Lunatic asylums Punjab 1868-1880 - 1868-1880
Year: 1868
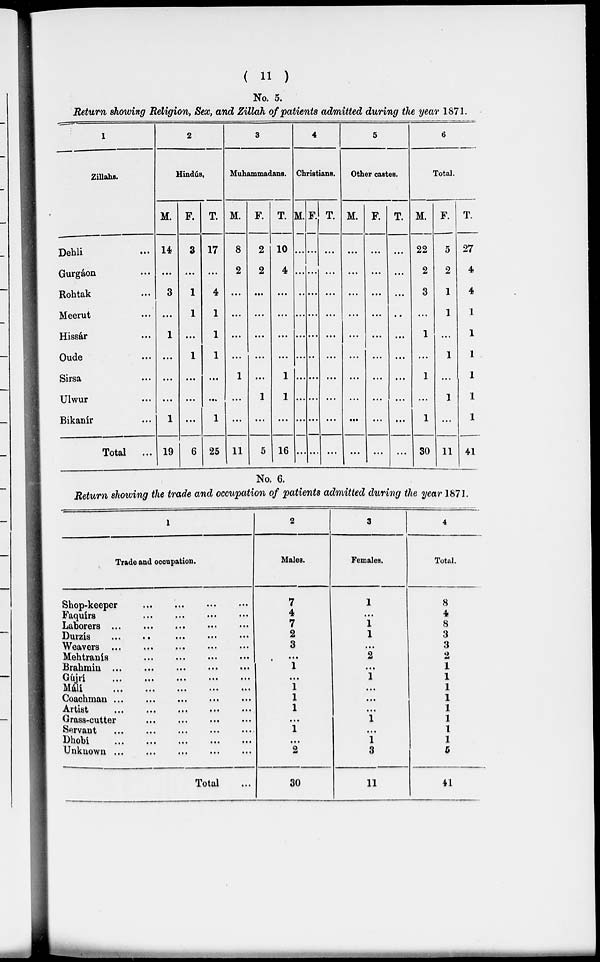
( 11 )
No. 5.
Return showing Religion, Sex, and Zillah of patients admitted during the year 1871.
1
Zillahs.
Dehli...
Gurgáon...
Rohtak...
Meerut...
Hissár...
Oude...
Sirsa...
Ulwur...
Bikanír...
Total ...
2
Hindús.
M.
14
...
3
...
1
...
...
...
1
19
F.
3
...
1
1
...
1
...
...
...
6
T.
17
...
4
1
1
1
...
...
1
25
3
Muhammadans.
M.
8
2
...
...
...
...
1
...
...
11
F.
2
2
...
...
...
...
...
1
...
5
T.
10
4
...
...
...
...
1
1
...
16
4
Christians.
M.
...
...
...
...
...
...
...
...
...
F.
...
...
...
...
...
...
...
...
...
...
T.
...
...
...
...
...
...
...
...
...
...
5
Other castes.
M.
...
...
...
...
...
...
...
...
...
...
F.
...
...
...
...
...
...
...
...
...
...
T.
...
...
...
...
...
...
...
...
...
...
6
Total.
M.
22
2
3
...
1
...
1
...
1
30
F.
5
2
1
1
...
1
...
1
11
T.
27
4
4
1
1
1
1
1
1
41
No. 6.
Return showing the trade and occupation of patients admitted during the year 1871.
1
Trade and occupation.
Shop-keeper... ... ... ...
Faqúirs
...
...
...
...
Laborers ... ... ...
...
...
Durzís
...
.. ... ... ...
Weavers ... ... ... ... ...
Mehtranís
...
...
...
...
Brahmin ...
...
...
...
...
Gújrí
...
...
...
...
...
Máli
...
...
...
...
...
Coachman ... ... ...
...
...
Artist
...
...
...
...
...
Grass-cutter
Servant
...
...
...
...
...
Dhobi
...
...
...
...
Unknown ...
Total...
2
Males.
7
4
7
2
3
...
1
...
1
1
1
...
1
...
2
30
3
Females.
1
...
1
1
...
2
...
1
...
...
...
1
...
1
3
11
4
Total.
8
4
8
3
3
2
1
1
1
1
1
1
1
1
5
41